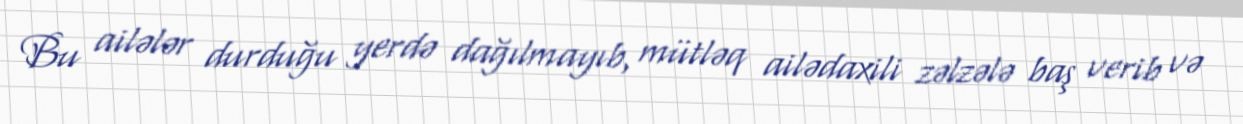
Bu ailələr durduğu yerdə dağılmayıb, mütləq ailədaxili zəlzələ baş verib və